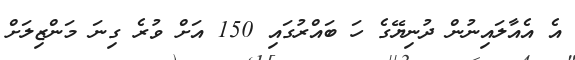
އެ އެއާލައިނުން ދުނިޔޭގެ ހަ ބައްރުގައި 150 އަށް ވުރެ ގިނަ މަންޒިލަށް